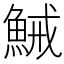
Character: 𱆭